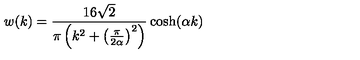
w ( k ) = \frac { 1 6 \sqrt { 2 } } { \pi \left( k ^ { 2 } + \left( \frac { \pi } { 2 \alpha } \right) ^ { 2 } \right) } \cosh ( \alpha k )